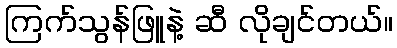
ကြက်သွန်ဖြူနဲ့ ဆီ လိုချင်တယ်။